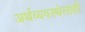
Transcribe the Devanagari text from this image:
अर्थव्यवस्थेलाही